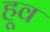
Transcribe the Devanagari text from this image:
हूव